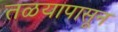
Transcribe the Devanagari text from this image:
तळयापासून